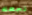
تجعله